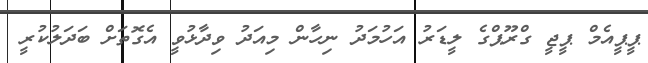
ޕީޕީއެމް ޕީޖީ ގްރޫޕްގެ ލީޑަރު އަހުމަދު ނިހާން މިއަދު ވިދާޅުވީ އެގޮތަށް ބަދަލުކުރީ